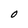
Character: O